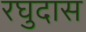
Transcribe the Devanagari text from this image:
रघुदास